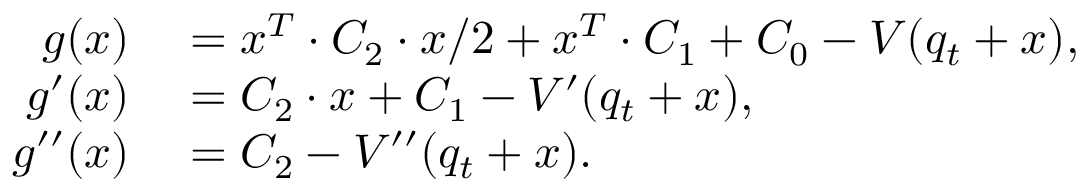
\begin{array} { r l } { g ( x ) } & { { } = x ^ { T } \cdot C _ { 2 } \cdot x / 2 + x ^ { T } \cdot C _ { 1 } + C _ { 0 } - V ( q _ { t } + x ) , } \\ { g ^ { \prime } ( x ) } & { { } = C _ { 2 } \cdot x + C _ { 1 } - V ^ { \prime } ( q _ { t } + x ) , } \\ { g ^ { \prime \prime } ( x ) } & { { } = C _ { 2 } - V ^ { \prime \prime } ( q _ { t } + x ) . } \end{array}